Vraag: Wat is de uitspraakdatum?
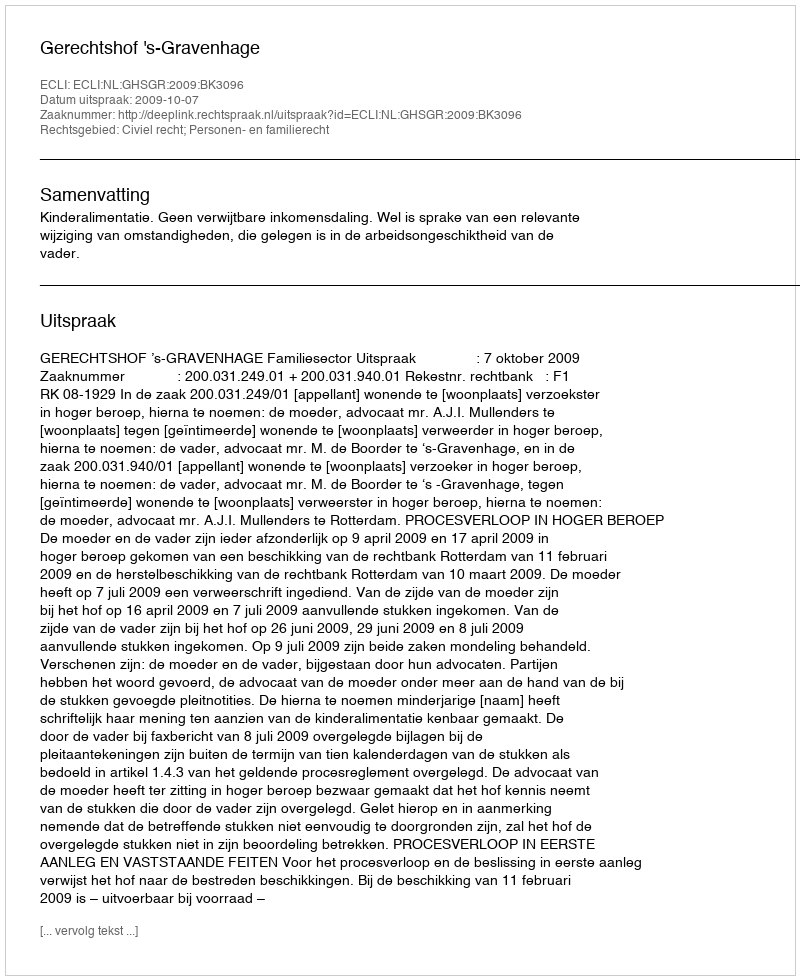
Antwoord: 2009-10-07